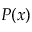
P ( x )